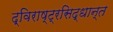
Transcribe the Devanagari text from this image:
द्विराष्ट्रसिद्धान्त